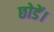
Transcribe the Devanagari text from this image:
छोडें।